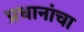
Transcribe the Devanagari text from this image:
प्रधानांचा